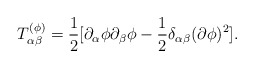
\begin{align*}T_{\alpha\beta}^{(\phi)}={1\over 2}[\partial_\alpha\phi\partial_\beta\phi-{1\over 2}\delta_{\alpha\beta}(\partial\phi)^2].\end{align*}